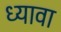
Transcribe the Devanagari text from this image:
ध्यावा